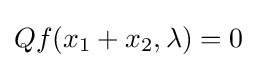
Qf(x_{1}+x_{2},\lambda )=0